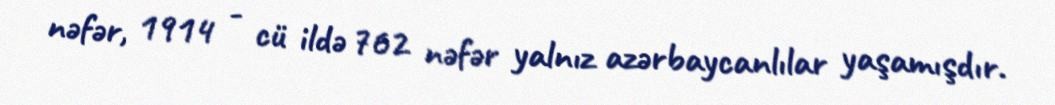
nəfər, 1914 - cü ildə 762 nəfər yalnız azərbaycanlılar yaşamışdır.